Civil Veterinary Dept. Bombay admin report 1914-1922 - 1914-1922
Year: 1914
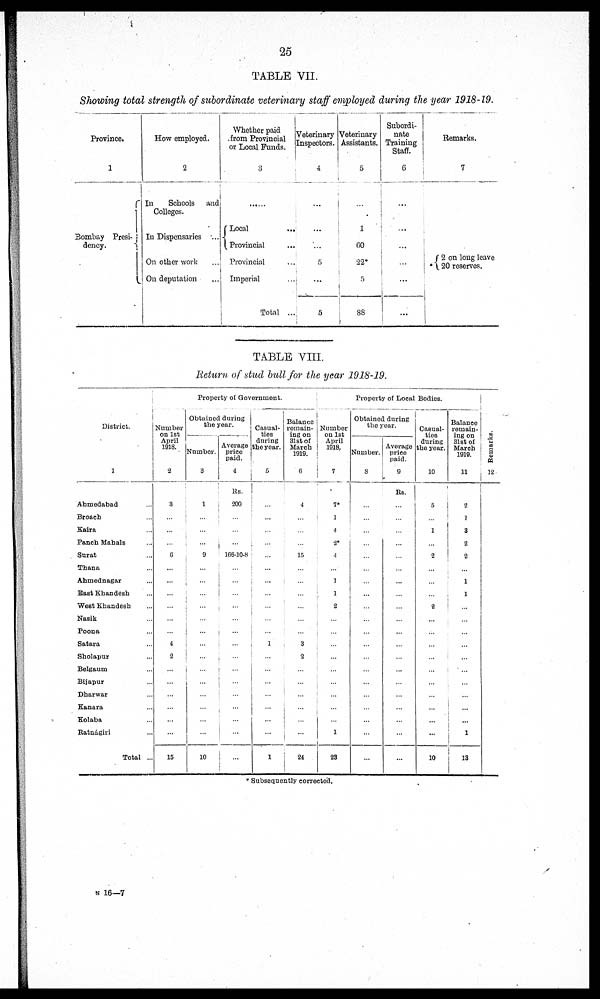
25
TABLE VII.
Showing total strength of subordinate veterinary staff employed during the year 1918-19.
Province.
1
Bombay Presi¬
dency.
How employed.
2
In
Schools and
Colleges.
In Dispensaries ...
On other work ...
On deputation ...
Whether paid
from Provincial
or Local Funds.
3
.......
Local...
Provincial ...
Provincial ...
Imperial ...
Total ...
Veterinary
Inspectors.
4
...
...
...
5
...
5
Veterinary
Assistants.
5
...
1
60
22*
5
88
Subordi-
nate
Training
Staff.
6
...
...
...
...
...
...
Remarks.
7
*
2 on long leave
20 reserves.
TABLE VIII.
Return of stud ball for the year 1918-19.
District.
1
Ahmedabad ...
Broach ...
Kaira ...
Panch Mahals ...
Surat ...
Thana ...
Ahmednagar ...
East Khandesh ...
West Khandesh ...
Nasik ...
Poona ...
Satara ...
Sholapur ...
Belgaum ...
Bijapur ...
Dharwar ...
Kanara ...
Kolaba ...
Ratnágiri ...
Total ...
Property of Government.
Number
on 1st
April
1918.
2
8
...
...
...
6
...
...
...
...
...
...
4
2
...
...
...
...
...
...
15
Obtained during
the year.
Number.
3
1
...
...
...
9
...
...
...
...
...
...
...
...
...
...
...
...
...
...
10
Average
price
paid.
4
Rs.
200
...
...
...
166-10-8
...
...
...
...
...
...
...
...
...
...
...
...
...
...
...
Casual-
ties
during
the year.
5
...
...
...
...
...
...
...
...
...
...
...
1
...
...
...
...
...
...
...
1
Balance
remain-
ing on
31st of
March
1919.
6
4
...
...
...
15
...
...
...
...
...
...
3
2
...
...
...
...
...
...
24
Property of Local Bodies.
Number
on 1st
April
1918.
7
7*
1
4
2*
4
...
1
1
2
...
...
...
...
...
...
...
...
...
1
23
Obtained during
the year.
Number.
8
...
...
...
...
...
...
...
...
...
...
...
...
...
...
...
...
...
...
...
...
Average
price
paid.
9
Rs.
...
...
...
...
...
...
...
...
...
...
...
...
...
...
...
...
...
...
...
...
Casual-
ties
during
the year.
10
5
...
1
...
2
...
...
...
2
...
...
...
...
...
...
...
...
...
...
10
Balance
remain-
ing on
31st of
March
1919.
11
2
1
3
2
2
...
1
1
...
...
...
...
...
...
...
...
...
...
1
13
Remarks.
12
* Subsequently corrected.
N 16—7